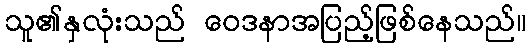
သူ၏နှလုံးသည် ဝေဒနာအပြည့်ဖြစ်နေသည်။